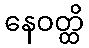
နေဝတ္ထိ